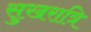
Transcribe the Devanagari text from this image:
सुखरात्रि